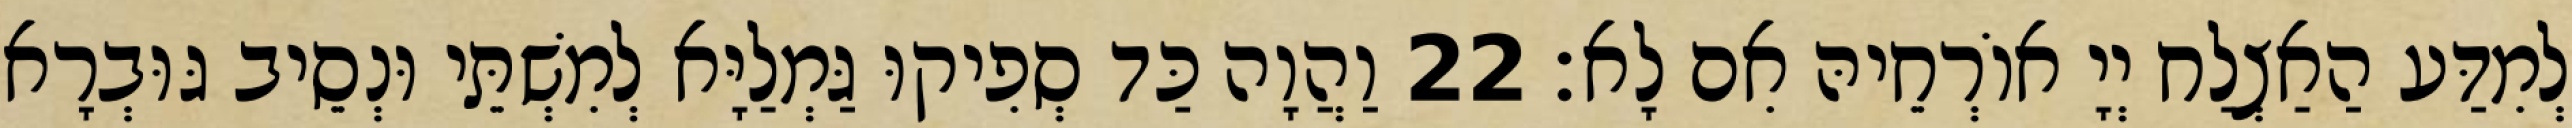
לְמִדַּע הַאַצְלַח יְיָ אוֹרְחֵיהּ אִם לָא׃ 22 וַהֲוָה כַּד סְפִיקוּ גַּמְלַיָּא לְמִשְׁתֵּי וּנְסֵיב גּוּבְרָא